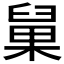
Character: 𰯹